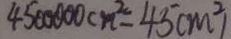
4 5 0 0 0 0 0 c m ^ { 2 } = 4 5 ( m ^ { 2 } )